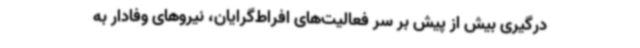
درگیری بیش از پیش بر سر فعالیت‌های افراط‌گرایان، نیروهای وفادار به